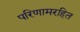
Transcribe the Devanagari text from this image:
परिणामरहित